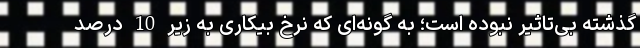
گذشته بی‌تاثیر نبوده است؛ به گونه‌ای که نرخ بیکاری به زیر 10 درصد